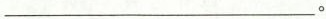
___。